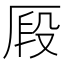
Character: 𠩻